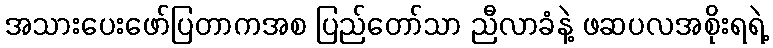
အသားပေးဖော်ပြတာကအစ ပြည်တော်သာ ညီလာခံနဲ့ ဖဆပလအစိုးရရဲ့